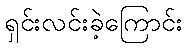
ရှင်းလင်းခဲ့ကြောင်း